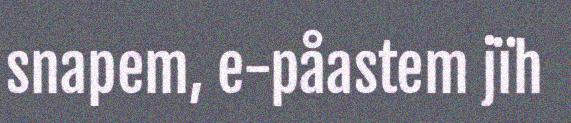
snapem, e-påastem jïh